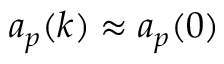
a _ { p } ( k ) \approx a _ { p } ( 0 )